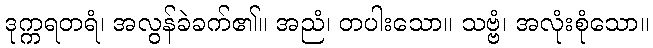
ဒုက္ကရတရံ၊ အလွန်ခဲခက်၏။ အညံ၊ တပါးသော။ သဗ္ဗံ၊ အလုံးစုံသော။